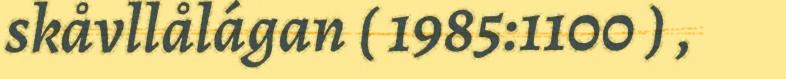
skåvllålágan ( 1985:1100 ) ,